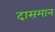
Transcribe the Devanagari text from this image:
दासमान